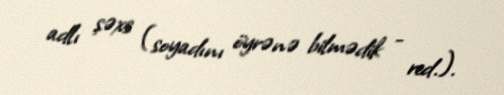
adlı şəxs (soyadını öyrənə bilmədik - red.).